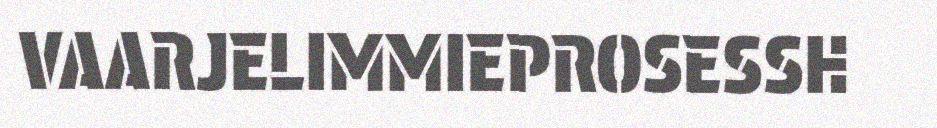
VAARJELIMMIEPROSESSH